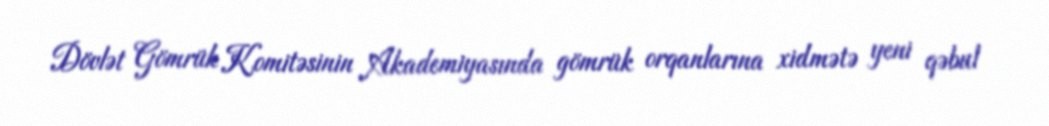
Dövlət Gömrük Komitəsinin Akademiyasında gömrük orqanlarına xidmətə yeni qəbul